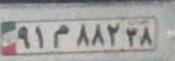
۹۱م۸۸۲۳۸